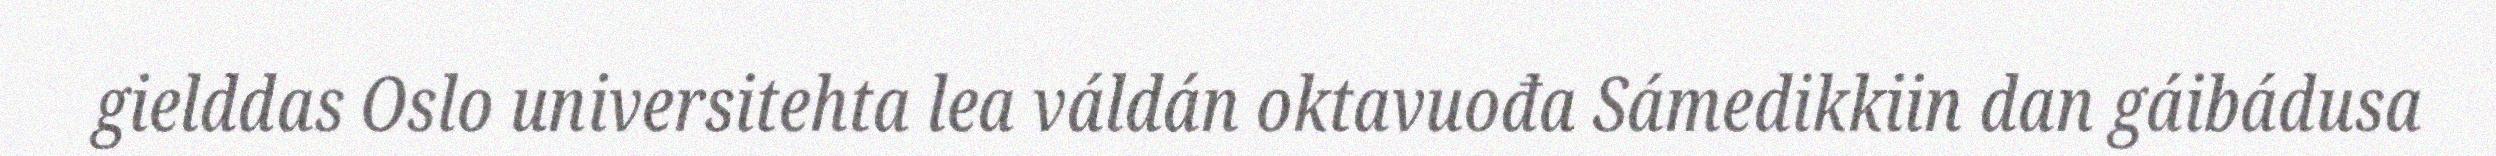
gielddas Oslo universitehta lea váldán oktavuođa Sámedikkiin dan gáibádusa